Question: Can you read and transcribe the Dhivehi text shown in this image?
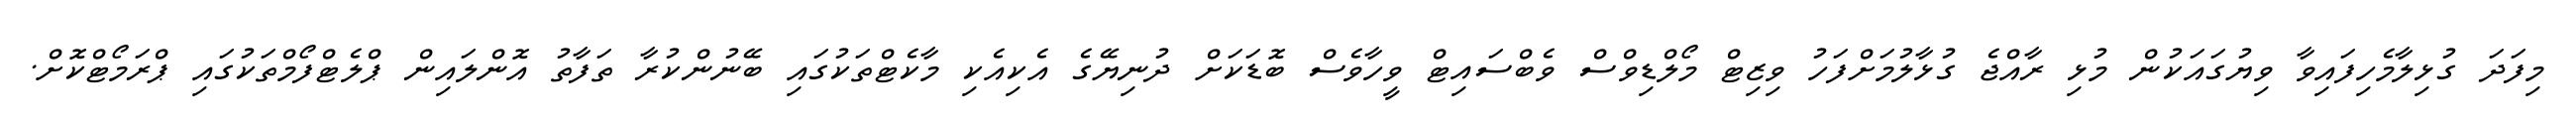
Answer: މިފަދަ ގުޅިލާމެހިފައިވާ ވިޔުގައަކުން މުޅި ރާއްޖެ ގުޅާލުމަށްފަހު ވިޒިޓް މޯލްޑިވްސް ވެބްސައިޓް ވީހާވެސް ބޮޑަކަށް ދުނިޔޭގެ އެކިއެކި މާކެޓްތަކުގައި ބޭނުންކުރާ ތަފާތު އޮންލައިން ޕްލެޓްފޯމްތަކުގައި ޕްރަމޯޓްކޮށް.